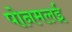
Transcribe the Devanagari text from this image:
पोनमलई